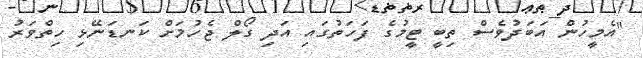
"އެމީހުން އަބަދުވެސް ތިބީ ޓީމުގެ ފަހަތުގައި އަދި ގޯލް ޖެހުމަށް ކަނޑަނޭޅި ހިތްވަރު